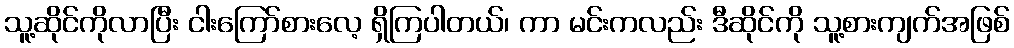
သူ့ဆိုင်ကိုလာပြီး ငါးကြော်စားလေ့ ရှိကြပါတယ်၊ ကာ မင်းကလည်း ဒီဆိုင်ကို သူ့စားကျက်အဖြစ်